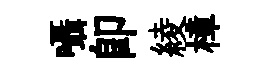
囁即綾樟